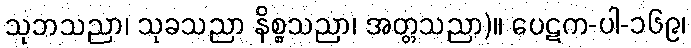
သုဘသညာ၊ သုခသညာ နိစ္စသညာ၊ အတ္တသညာ)။ ပေဋက-ပါ-၁၆၉၊